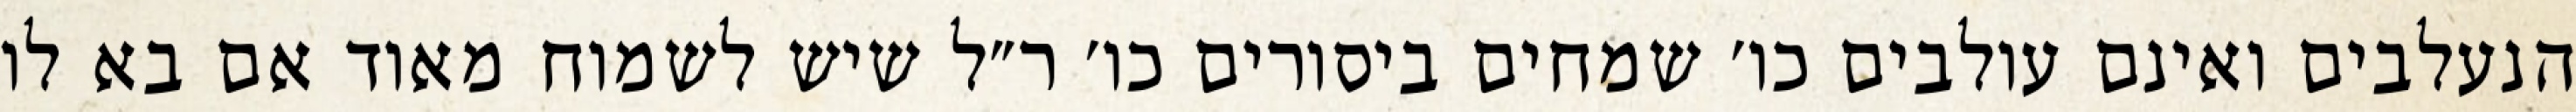
הנעלבים ואינם עולבים כו׳ שמחים ביסורים כו׳ ר״ל שיש לשמוח מאוד אם בא לו